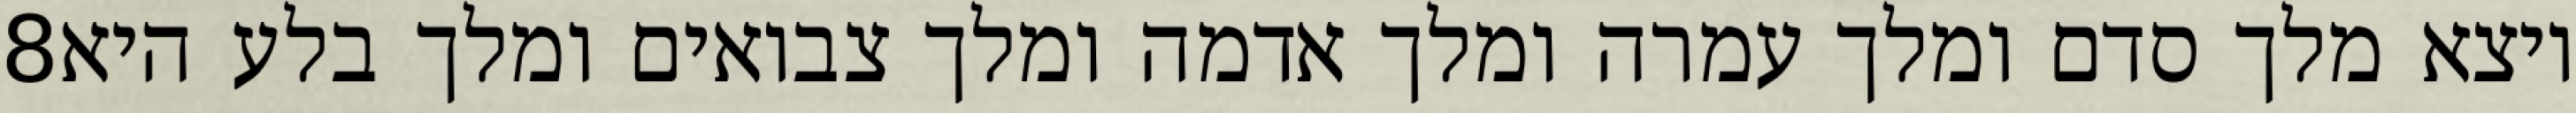
‎8‏ ויצא מלך סדם ומלך עמרה ומלך אדמה ומלך צבואים ומלך בלע היא